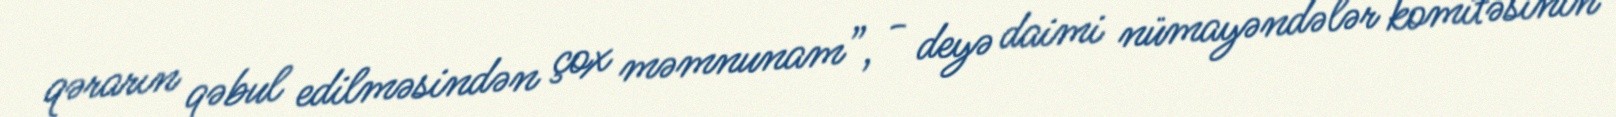
qərarın qəbul edilməsindən çox məmnunam”, - deyə daimi nümayəndələr komitəsinin